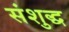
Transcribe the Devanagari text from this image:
संशुद्ध